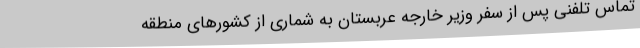
تماس تلفنی پس از سفر وزیر خارجه عربستان به شماری از کشورهای منطقه